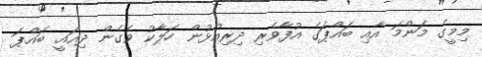
މިމީގެ މަންމަ އާއި ބައްޕަގެ އުފާވެރި ދިރިއުޅުން ހަލާކު ވެގެން ދިއައީ ބައްޕަ